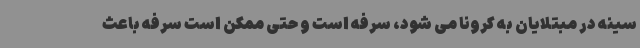
سینه در مبتلایان به کرونا می شود، سرفه است و حتی ممکن است سرفه باعث